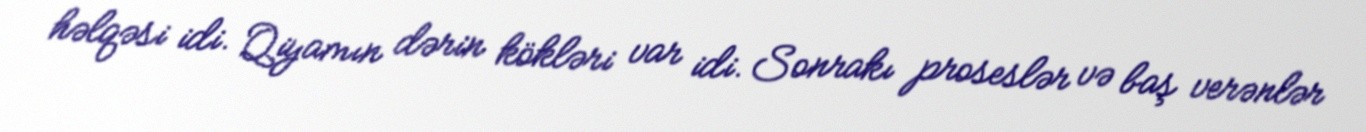
həlqəsi idi. Qiyamın dərin kökləri var idi. Sonrakı proseslər və baş verənlər